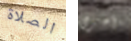
الصلاة أخرى